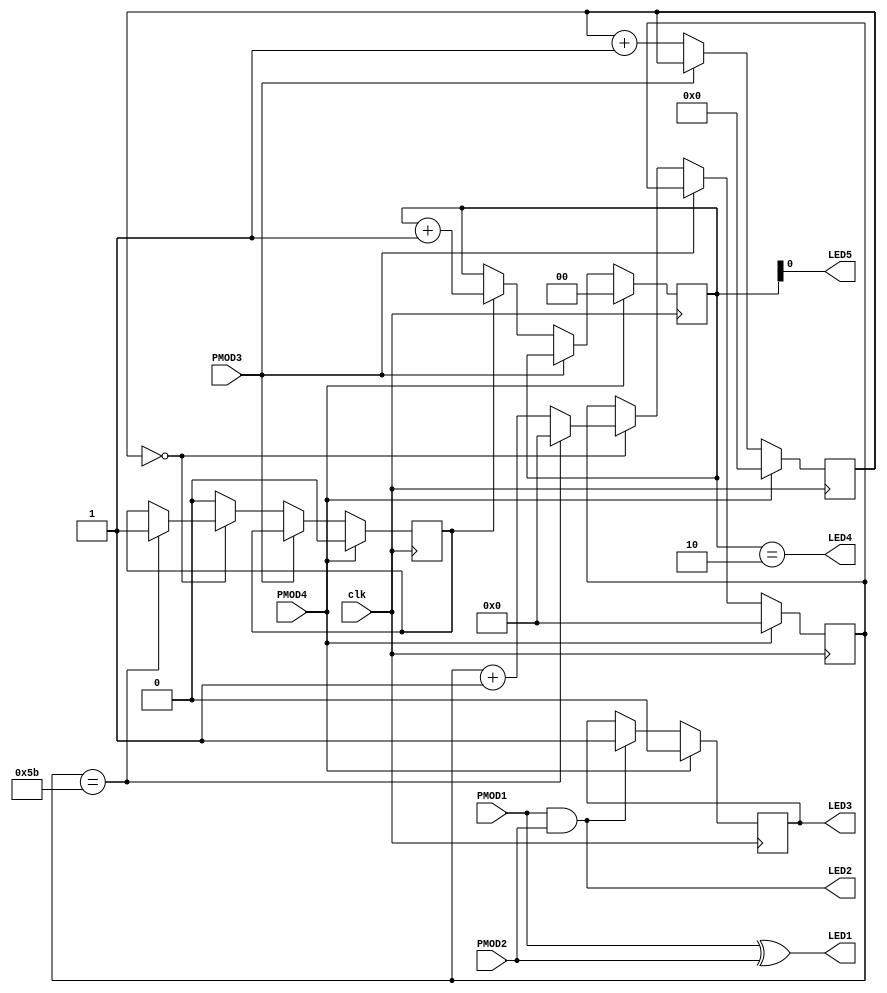
module demo(
    input      clk,
    output reg LED1,
    output reg LED2,
    output     LED3,
    output     LED4,
    output     LED5,
    input      PMOD1, // input A
    input      PMOD2, // input B
    input      PMOD3, // run/stop
    input      PMOD4  // reset
    );


// Manage 12MHz clock
   reg [15:0] cnt1;
   reg [6:0]  cnt2;
   reg [1:0]  dec_cntr;
   reg 	      half_sec_pulse;



// Alias inputs
   wire   inA;
   wire   inB;
   wire   runstop;
   wire   reset;

   assign inA=PMOD1;
   assign inB=PMOD2;
   assign runstop=PMOD3;
   assign reset=PMOD4;
   

// Carry from addition
   wire   carry;
   
// remember carry result
   reg 	  carrylatch;
   

   assign LED2=carry; 

   
   always 
     begin
	LED1<=inA^inB;   // 1/2 adder with carry output
	carry<=inA&inB;  // we use carry in more than one place
     end

   assign LED3 = carrylatch;
   
// latch carry result
   always @(posedge clk)
     begin
	if (reset==1'b1) carrylatch<=1'b0;
	else begin
	   if (carry) carrylatch<=1'b1;
	end
     end

   
	

// The 12MHz clock is too fast
// The first counter will / 2^16 (about 5.46ms)
// Then the second counter goes to 91 which is 0.497s
// close enough to 1/2 second for our purpose  
	always@(posedge clk)
	  begin
	     if (reset==1'b1)
	       begin
		  cnt1<=0;
	          cnt2<=0;
		  half_sec_pulse<=0;
		  dec_cntr<=0;
	       end
	     else if (runstop==1'b0)  // don't do anything unless enabled
	       begin
		  cnt1 <= cnt1 + 1;
		  if (cnt1 == 0) 
		    if (cnt2 == 91) 
		      begin
			 cnt2 <= 0;
			 half_sec_pulse <= 1;  
		      end
			else
			  cnt2 <= cnt2 + 1;
		  else
		    half_sec_pulse <= 0;
		  
		  if (half_sec_pulse == 1)	
		    dec_cntr <= dec_cntr + 1; // count half seconds
// note: dec_cntr>>1 is a seconds timer, but dec_cntr is only 2 bits so 0-3...
	       end
	  end	

   // Make the lights blink
   assign LED4 = (dec_cntr == 2) ;
   assign LED5 = dec_cntr[0];
endmodule